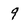
Character: 9